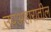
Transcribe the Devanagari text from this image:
उपअहारातील